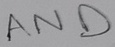
Text: AND